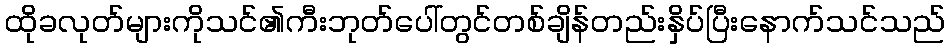
ထိုခလုတ်များကိုသင်၏ကီးဘုတ်ပေါ်တွင်တစ်ချိန်တည်းနှိပ်ပြီးနောက်သင်သည်